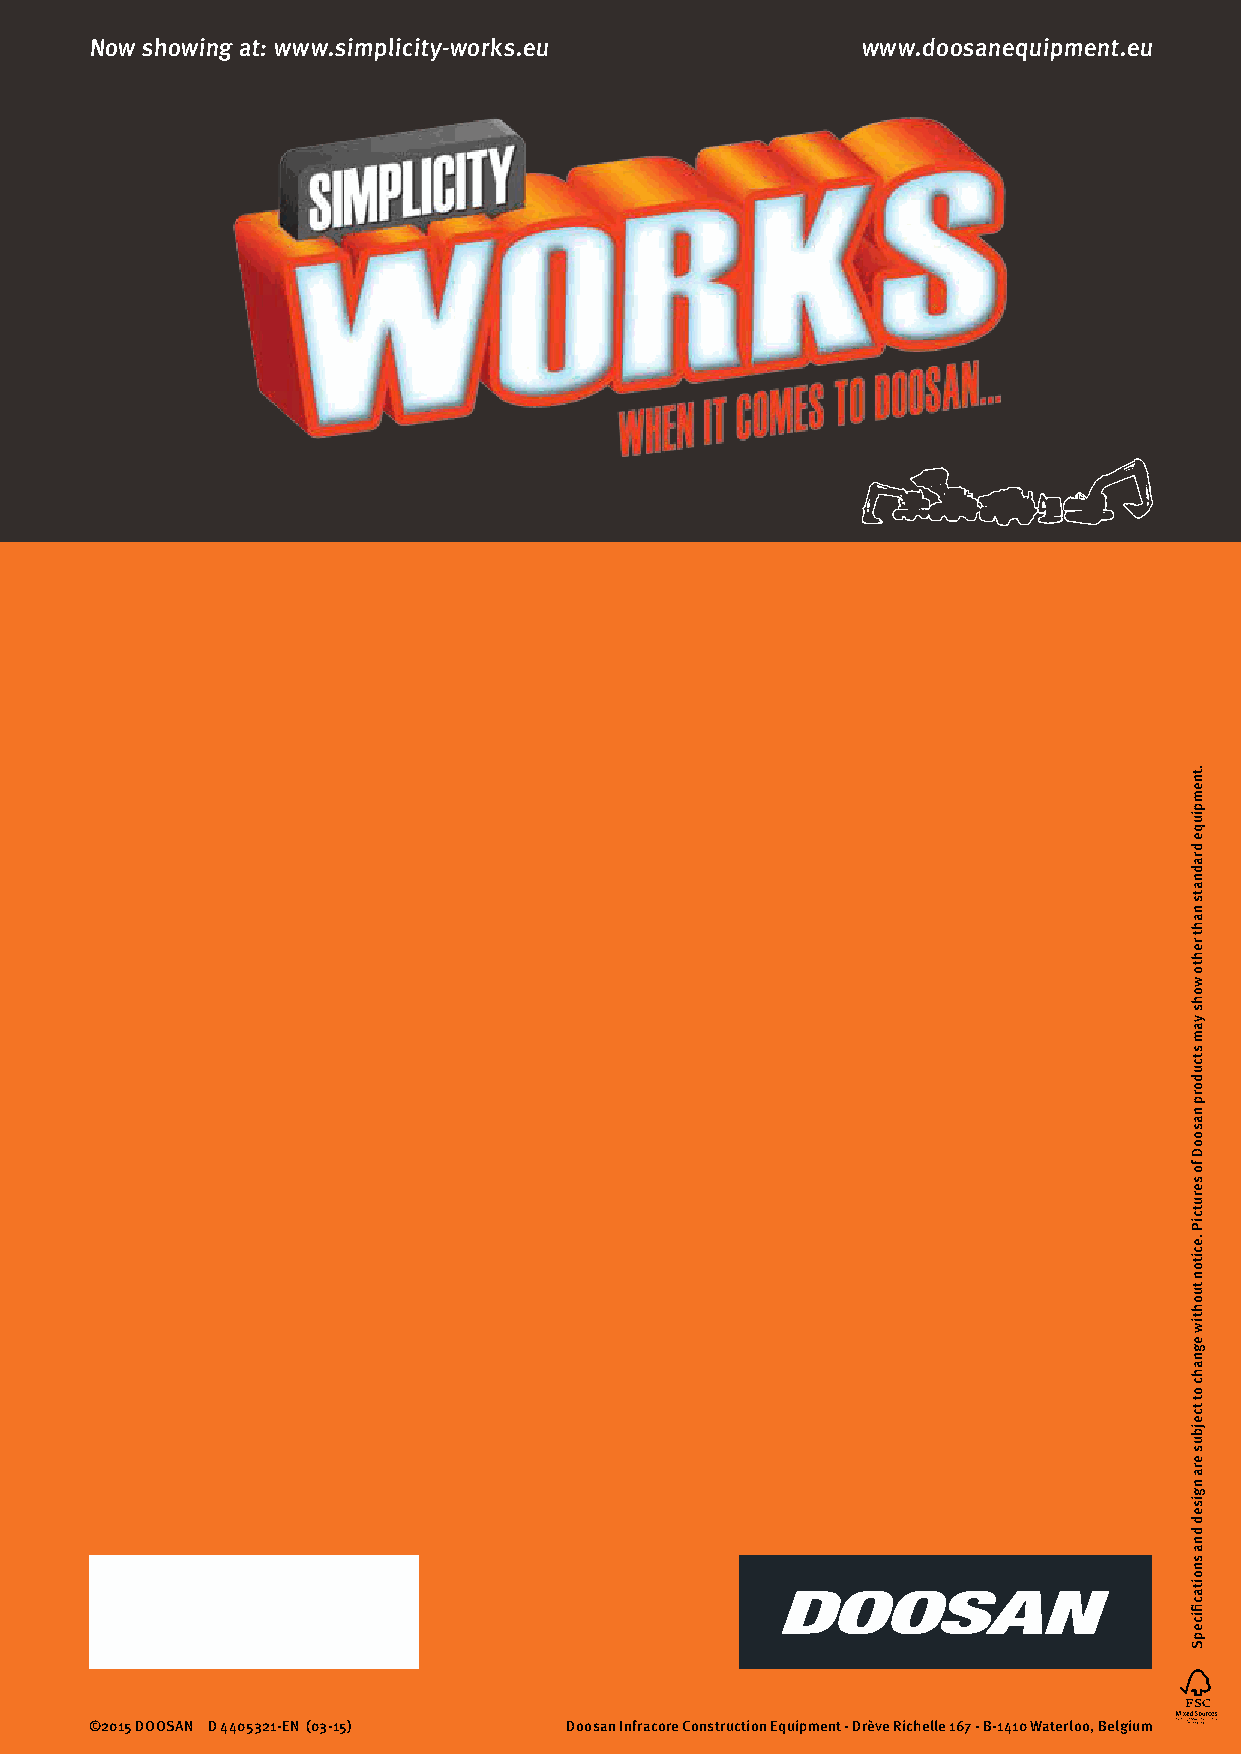
Now showing at: www.simplicity-works.eu            www.doosanequipment.eu
 ©2015 DOOSAN D 4405321-EN (03-15) Doosan Infracore Construction Equipment - Drève Richelle 167 - B-1410 Waterloo, Belgium
 .tnempiuqe
 dradnats
 naht
 rehto
 wohs
 yam
 stcudorp
 nasooD
 fo
 serutciP
 .eciton
 tuohtiw
 egnahc
 ot
 tcejbus
 era
 ngised
 dna
 snoitacfiicepS